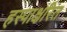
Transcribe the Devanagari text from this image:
हस्पाक्षरित